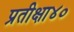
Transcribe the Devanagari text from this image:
प्रतीक्षा४०